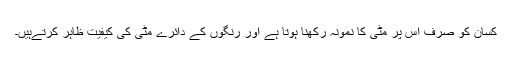
کسان کو صرف اس پر مٹی کا نمونہ رکھنا ہوتا ہے اور رنگوں کے دائرے مٹی کی کیفیت ظاہر کرتےہیں۔